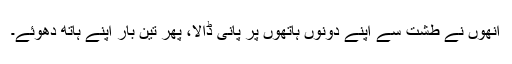
انھوں نے طشت سے اپنے دونوں ہاتھوں پر پانی ڈالا، پھر تین بار اپنے ہاتھ دھوئے۔